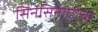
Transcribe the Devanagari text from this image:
सिनसिनाटीचा